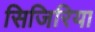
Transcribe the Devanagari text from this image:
सिजिरिया